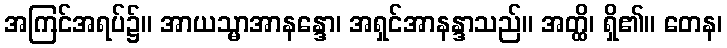
အကြင်အရပ်၌။ အာယသ္မာအာနန္ဒော၊ အရှင်အာနန္ဒာသည်။ အတ္ထိ၊ ရှိ၏။ တေန၊